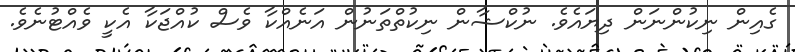
ގެއިން ނިކުންނަން ދިޔައެވެ. ނުކްޝާން ނިކުތްތަނުން އަނެއްކާ ވެސް ކުއްޖަކާ އެކީ ވެއްޓުނެވެ.